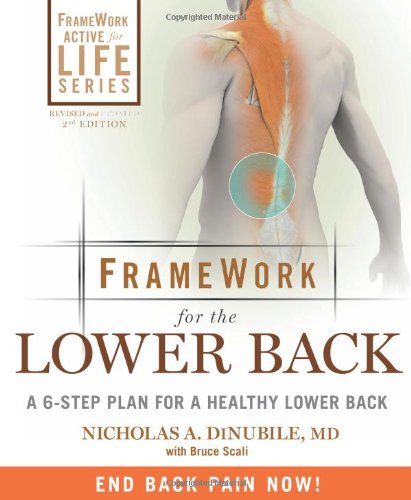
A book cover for Framework for the Lower Back: A 6-Step Plan for a Healthy Lower Back (FrameWork Active for Life); Nicholas A. DiNubile; Health, Fitness & Dieting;